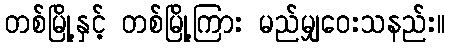
တစ်မြို့နှင့် တစ်မြို့ကြား မည်မျှဝေးသနည်း။